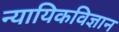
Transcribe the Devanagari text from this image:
न्यायिकविज्ञान